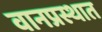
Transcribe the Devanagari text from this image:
वानप्रस्थात